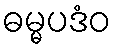
ဓမ္မပဒံဝ